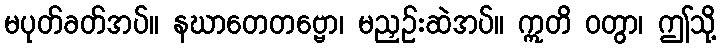
မပုတ်ခတ်အပ်။ နဃာတေတဗ္ဗော၊ မညှဉ်းဆဲအပ်။ ဣတိ ဝတွာ၊ ဤသို့